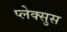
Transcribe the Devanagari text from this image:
प्लेक्सुस